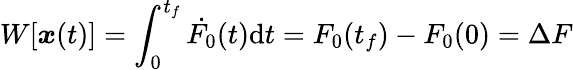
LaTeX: W[{\boldsymbol{x}}(t)]=\int_{0}^{t_{f}}\dot{F_{0}}(t)\mathrm{d}t=F_{0}(t_{f})-F_{0}(0)=\Delta F